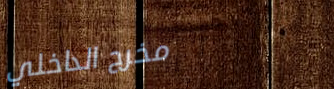
مخرج الداخلي